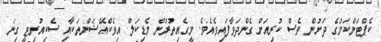
ކެޕްޓަންކަމުގެ ދަށުން ވެސް ކުރިއަށް ގެންދަވާފައިވެއެވެ. މީގެއިތުރުން މެޑިކަލް އިވެކްއޭޝަންތަކާއި ސެކިއުރިޓީ ގިނަ